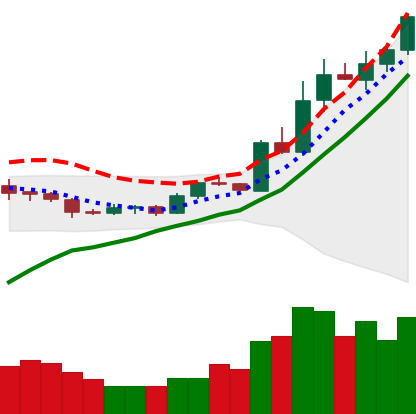
Ticker: LTC-USD
Chart end date: 2020-08-01
Forward return: -3.473%
Label: down_3_5